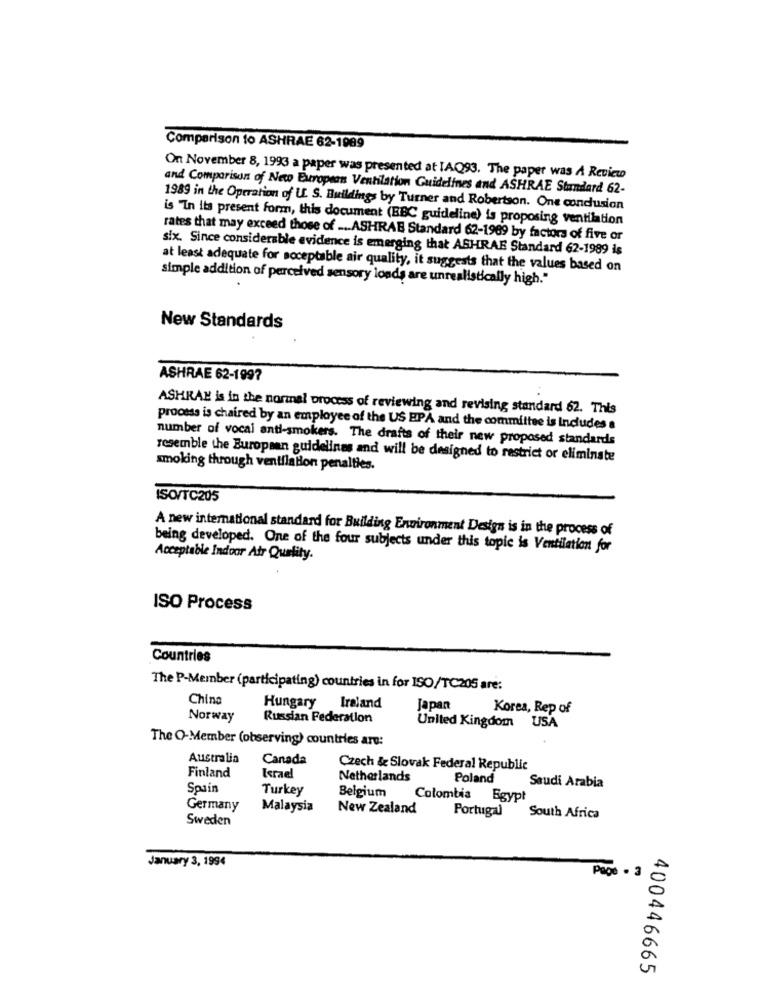
Comparison to ASHRAE 62-1989
On November 8, 1993 a paper was presented at IAQ93. The paper was A Review
and Comparison of Neto European Ventilation Guidelines and ASHRAE Standard 62-
1989 in the Operation of U. S. Buildings by Turner and Robertson. One condusion
is "In its present form, this document (BBC guideline) is proposing ventilation
rates that may exceed those of .... ASHRAE Standard 62-1969 by factors of five or
six. Since considerable evidence is emerging that ASHRAE Standard 62-1989 is
at least adequate for acceptable air quality, it suggests that the values based on
simple addition of perceived sensory londe are unrealistically high."
New Standards
ASHRAE 62-1997
ASHRAE is in the normal process of reviewing and revising standard 62. This
process is chaired by an employee of the US EPA and the committee is Includes a
number of vocal anti-smokers. The drafts of their new proposed standards
resemble the European guidelines and will be designed to restrict or eliminate
smoking through ventilation penalties.
ISO/TC205
A new international standard for Building Environment Design is in the process of
being developed. One of the four subjects under this topic is Ventilation for
Acceptable Indoor Air Quality.
ISO Process
Countries
The P-Member (participating) countries in for ISO/TC205 are:
China
Hungary Ireland
Japan
Korea, Rep of
Norway
Russian Federation
United Kingdom
USA
The O-Member (observing) countries are:
Australia
Canada
Finland
Czech & Slovak Federal Republic
Kerael
Netherlands
Poland
Saudi Arabia
Spain
Turkey
Belgium
Colombia Egypt
Germany
Malaysia
New Zealand
Portugal
Sweden
South Africa
January 3, 1994
Page . 3
400446665